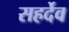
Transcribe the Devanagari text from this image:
सहर्देव